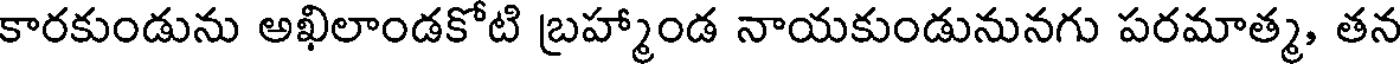
కారకుండును అఖిలాండకోటి బ్రహ్మాండ నాయకుండునునగు పరమాత్మ, తన